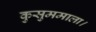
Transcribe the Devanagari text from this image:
कुसुममाला।